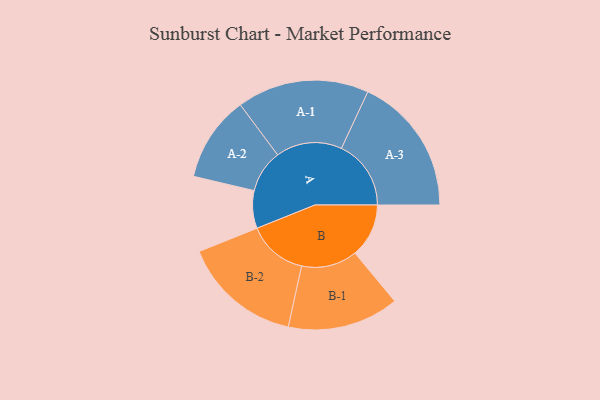
{"axis": {"x": "Segment", "y": "Value"}, "legend": ["", "A", "B"], "data": [{"x": "A", "y": 160, "type": ""}, {"x": "B", "y": 229, "type": ""}, {"x": "A-1", "y": 281, "type": "A"}, {"x": "A-2", "y": 182, "type": "A"}, {"x": "A-3", "y": 296, "type": "A"}, {"x": "B-1", "y": 237, "type": "B"}, {"x": "B-2", "y": 254, "type": "B"}]}